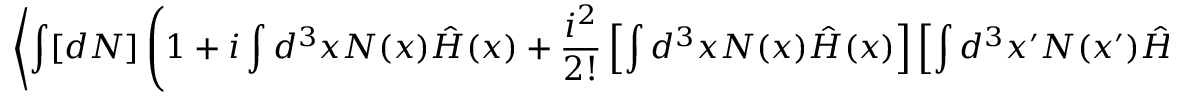
\left\langle \int [ d N ] \left( 1 + i \int d ^ { 3 } x N ( x ) { \hat { H } } ( x ) + { \frac { i ^ { 2 } } { 2 ! } } \left[ \int d ^ { 3 } x N ( x ) { \hat { H } } ( x ) \right] \left[ \int d ^ { 3 } x ^ { \prime } N ( x ^ { \prime } ) { \hat { H } } ( x ^ { \prime } ) \right] + \cdots \right) s _ { \mathrm { i n t } } , s _ { \mathrm { f i n } } \right\rangle _ { \mathrm { D i f f } }